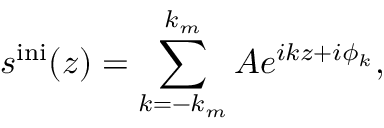
s ^ { \mathrm { i n i } } ( z ) = \sum _ { k = { - k _ { m } } } ^ { k _ { m } } A e ^ { i k z + i \phi _ { k } } ,